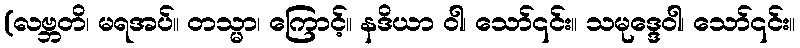
(လဗ္ဘတိ၊ မရအပ်။ တသ္မာ၊ ကြောင့်။ နဒိယာ ဝါ၊ သော်၎င်း။ သမုဒ္ဒေဝါ၊ သော်၎င်း။